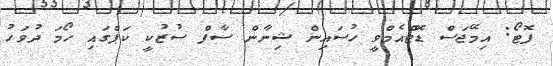
ފޮޓޯ: އިމޭޖަސް ޑޮޓްއެމްވީ ހުސައިން ޝިނާން ސާފް ސުޒުކީ ކަޕްގައި ހޯމަ ދުވަހު